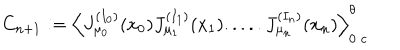
LaTeX: C _ { n + 1 } : = \Big \langle J _ { \mu _ { 0 } } ^ { ( I _ { 0 } ) } ( x _ { 0 } ) J _ { \mu _ { 1 } } ^ { ( I _ { 1 } ) } ( x _ { 1 } ) . . . . . J _ { \mu _ { n } } ^ { ( I _ { n } ) } ( x _ { n } ) \Big \rangle _ { 0 \; c } ^ { \theta }